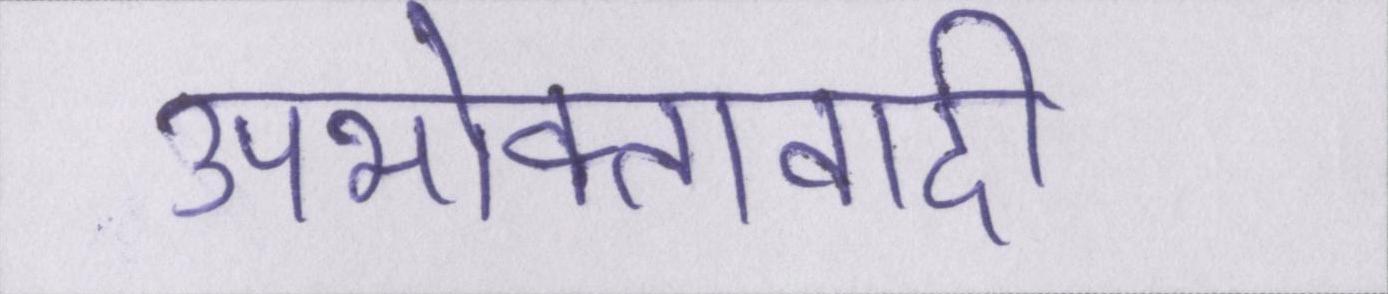
उपभोक्तावादी